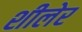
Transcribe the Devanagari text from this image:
शीलेर